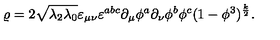
\varrho = 2 \sqrt { \lambda _ { 2 } \lambda _ { 0 } } \varepsilon _ { \mu \nu } \varepsilon ^ { a b c } \partial _ { \mu } \phi ^ { a } \partial _ { \nu } \phi ^ { b } \phi ^ { c } ( 1 - \phi ^ { 3 } ) ^ { \frac { k } { 2 } } .